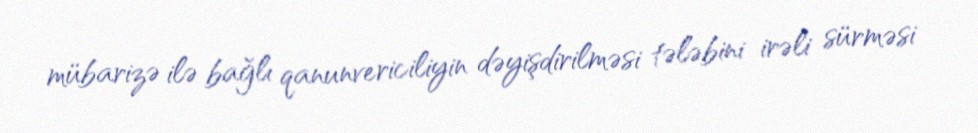
mübarizə ilə bağlı qanunvericiliyin dəyişdirilməsi tələbini irəli sürməsi